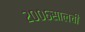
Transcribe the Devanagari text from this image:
२००६सालची